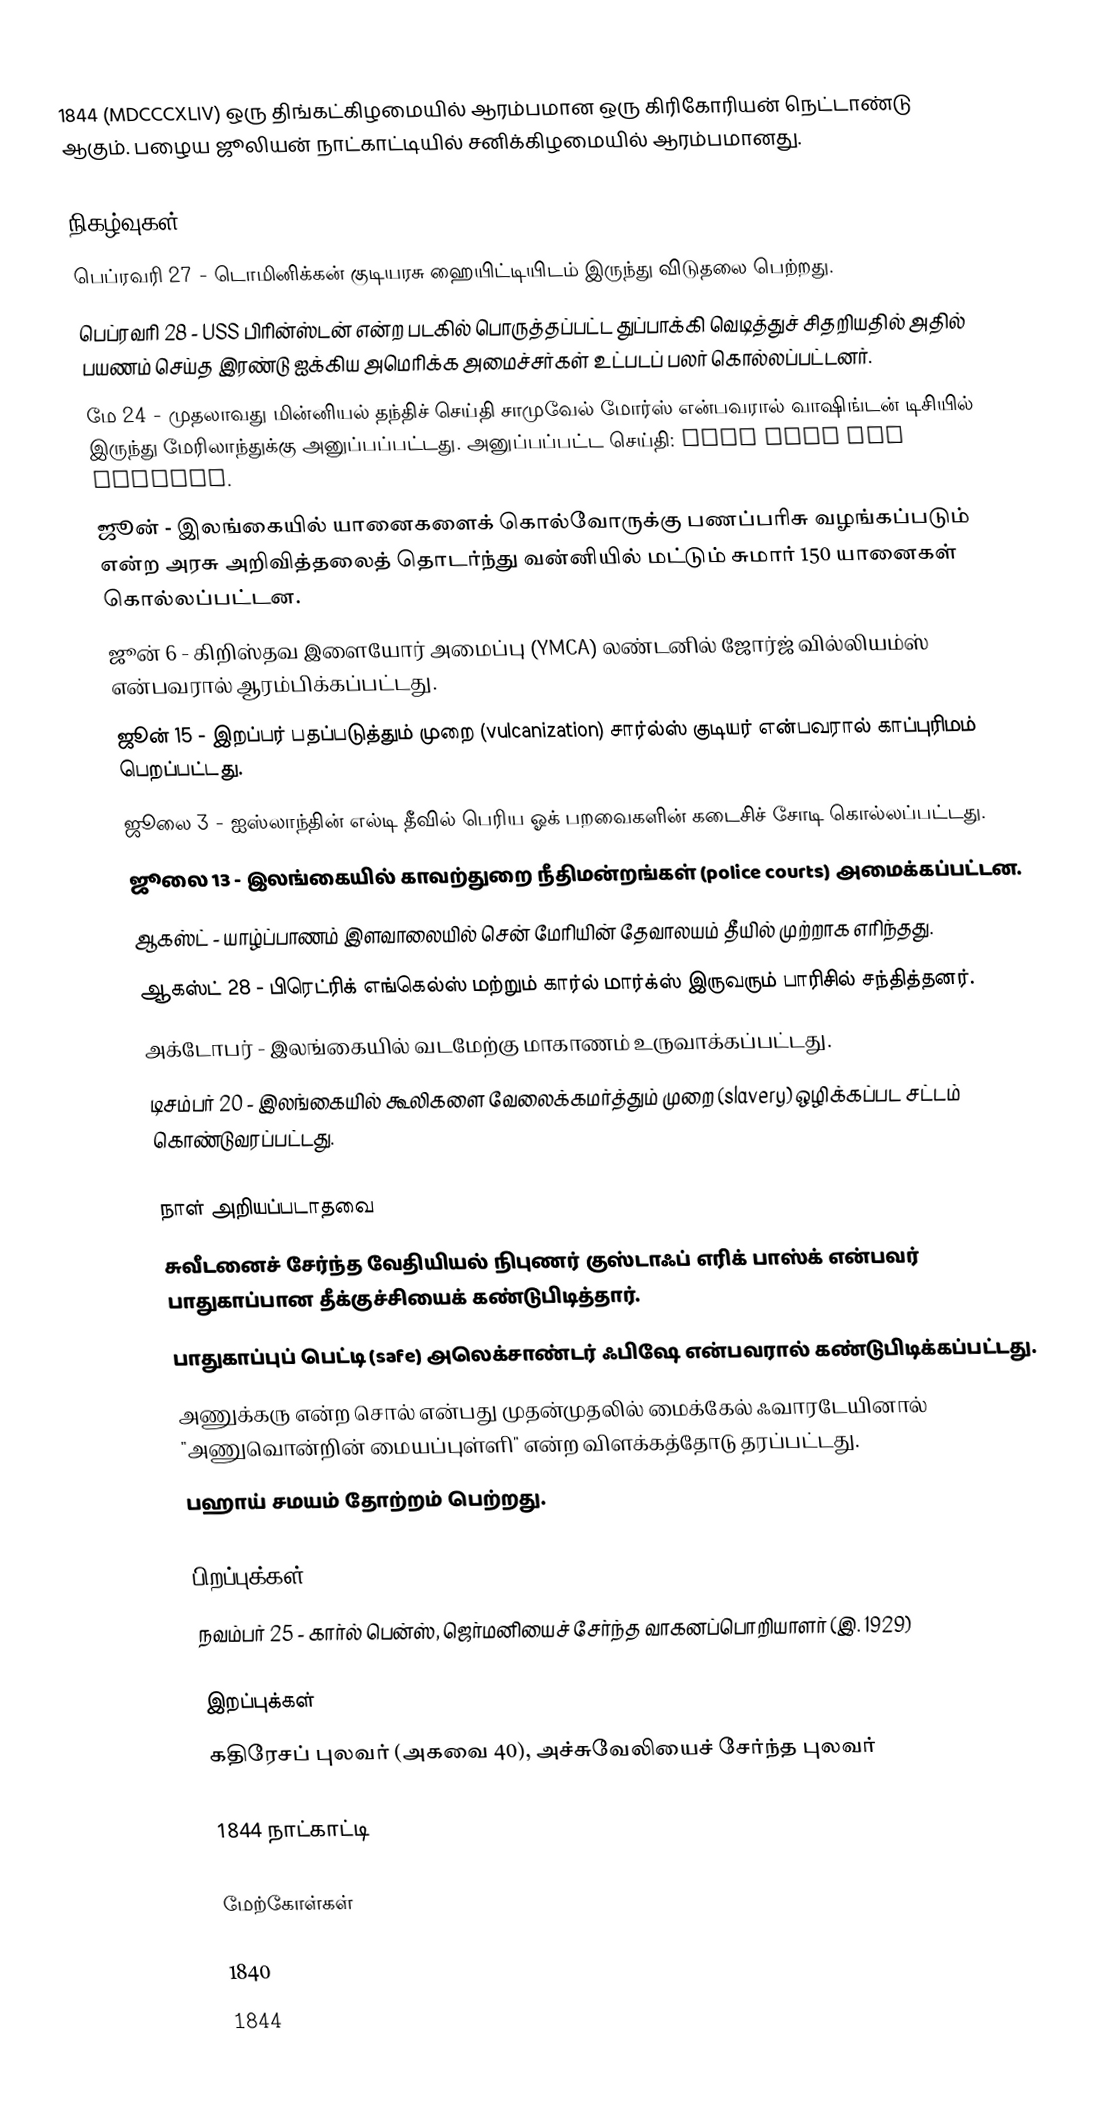
1844  (MDCCCXLIV) ஒரு திங்கட்கிழமையில் ஆரம்பமான ஒரு கிரிகோரியன் நெட்டாண்டு ஆகும். பழைய ஜூலியன் நாட்காட்டியில் சனிக்கிழமையில் ஆரம்பமானது.

நிகழ்வுகள்
 பெப்ரவரி 27 - டொமினிக்கன் குடியரசு ஹையிட்டியிடம் இருந்து விடுதலை பெற்றது.
 பெப்ரவரி 28 - USS பிரின்ஸ்டன் என்ற படகில் பொருத்தப்பட்ட துப்பாக்கி வெடித்துச் சிதறியதில் அதில் பயணம் செய்த இரண்டு ஐக்கிய அமெரிக்க அமைச்சர்கள் உட்படப் பலர் கொல்லப்பட்டனர்.
 மே 24 - முதலாவது மின்னியல் தந்திச் செய்தி சாமுவேல் மோர்ஸ் என்பவரால் வாஷிங்டன் டிசியில் இருந்து மேரிலாந்துக்கு அனுப்பப்பட்டது. அனுப்பப்பட்ட செய்தி: What hath God wrought.
 ஜூன் - இலங்கையில் யானைகளைக் கொல்வோருக்கு பணப்பரிசு வழங்கப்படும் என்ற அரசு அறிவித்தலைத் தொடர்ந்து வன்னியில் மட்டும் சுமார் 150 யானைகள் கொல்லப்பட்டன.
 ஜூன் 6 - கிறிஸ்தவ இளையோர் அமைப்பு (YMCA) லண்டனில் ஜோர்ஜ் வில்லியம்ஸ் என்பவரால் ஆரம்பிக்கப்பட்டது.
 ஜூன் 15 - இறப்பர் பதப்படுத்தும் முறை (vulcanization) சார்ல்ஸ் குடியர் என்பவரால் காப்புரிமம் பெறப்பட்டது.
 ஜூலை 3 - ஐஸ்லாந்தின் எல்டி தீவில் பெரிய ஓக் பறவைகளின் கடைசிச் சோடி கொல்லப்பட்டது.
 ஜூலை 13 - இலங்கையில் காவற்துறை நீதிமன்றங்கள் (police courts) அமைக்கப்பட்டன.
 ஆகஸ்ட் - யாழ்ப்பாணம் இளவாலையில் சென் மேரியின் தேவாலயம் தீயில் முற்றாக எரிந்தது.
 ஆகஸ்ட் 28 - பிரெட்ரிக் எங்கெல்ஸ் மற்றும் கார்ல் மார்க்ஸ் இருவரும் பாரிசில் சந்தித்தனர்.
 அக்டோபர் - இலங்கையில் வடமேற்கு மாகாணம் உருவாக்கப்பட்டது.
 டிசம்பர் 20 - இலங்கையில் கூலிகளை வேலைக்கமர்த்தும் முறை (slavery) ஒழிக்கப்பட சட்டம் கொண்டுவரப்பட்டது.

நாள் அறியப்படாதவை
 சுவீடனைச் சேர்ந்த வேதியியல் நிபுணர் குஸ்டாஃப் எரிக் பாஸ்க் என்பவர் பாதுகாப்பான தீக்குச்சியைக் கண்டுபிடித்தார்.
 பாதுகாப்புப் பெட்டி (safe) அலெக்சாண்டர் ஃபிஷே என்பவரால் கண்டுபிடிக்கப்பட்டது.
 அணுக்கரு என்ற சொல் என்பது முதன்முதலில் மைக்கேல் ஃவாரடேயினால் "அணுவொன்றின் மையப்புள்ளி" என்ற விளக்கத்தோடு தரப்பட்டது.
 பஹாய் சமயம் தோற்றம் பெற்றது.

பிறப்புக்கள்
 நவம்பர் 25 - கார்ல் பென்ஸ், ஜெர்மனியைச் சேர்ந்த வாகனப்பொறியாளர் (இ. 1929)

இறப்புக்கள்
 கதிரேசப் புலவர் (அகவை 40), அச்சுவேலியைச் சேர்ந்த புலவர்

1844 நாட்காட்டி

மேற்கோள்கள்

1840
1844